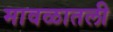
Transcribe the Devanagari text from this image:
मावळातली